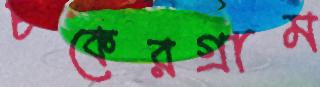
চকেরগ্রাম